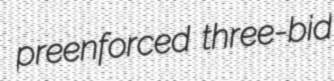
preenforced three-bid